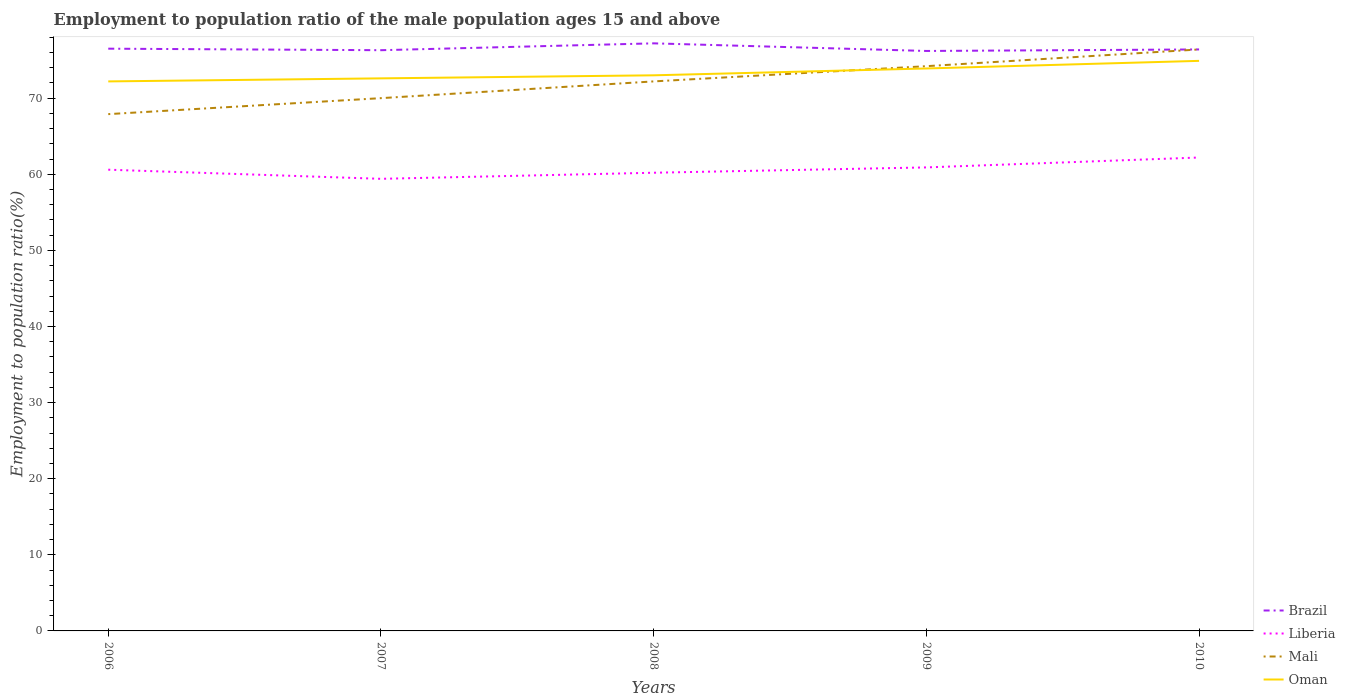
| Years | Brazil | Liberia | Mali | Oman |
 | --- | --- | --- | --- | --- |
 | 2006 | 76.5 | 60.6 | 67.9 | 72.2 |
 | 2007 | 76.3 | 59.4 | 70 | 72.6 |
 | 2008 | 77.2 | 60.2 | 72.2 | 73 |
 | 2009 | 76.2 | 60.9 | 74.2 | 73.9 |
 | 2010 | 76.4 | 62.2 | 76.4 | 74.9 |